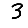
Digit: 3